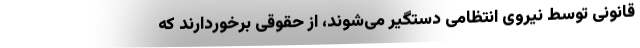
قانونی توسط نیروی انتظامی دستگیر می‌شوند، از حقوقی برخوردارند که